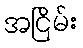
အငြိမ်း